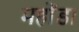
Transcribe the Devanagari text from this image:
महोंडा